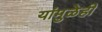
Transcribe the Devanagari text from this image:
यांमुळेही